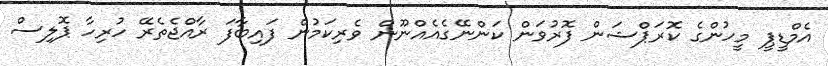
އެމްޑީޕީ މީހުންގެ ކޮރަޕްޝަން ފޮރުވަން ކަންނޭގެއެއްނޫން ވެރިކަމުން ފައިބާފަ ރާއްޖެތެރޭ ހުރިހާ ޕޮލިސް